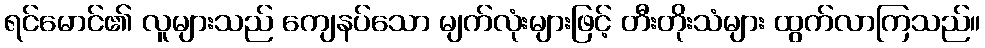
ရင်မောင်၏ လူများသည် ကျေနပ်သော မျက်လုံးများဖြင့် တီးတိုးသံများ ထွက်လာကြသည်။